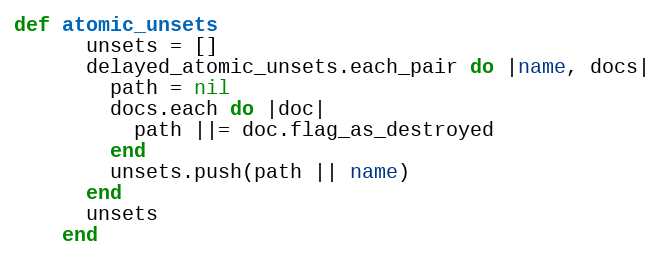
Language: Ruby
def atomic_unsets
      unsets = []
      delayed_atomic_unsets.each_pair do |name, docs|
        path = nil
        docs.each do |doc|
          path ||= doc.flag_as_destroyed
        end
        unsets.push(path || name)
      end
      unsets
    end